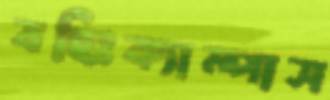
বহিঃক্যাম্পাস